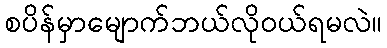
စပိန်မှာမျောက်ဘယ်လိုဝယ်ရမလဲ။